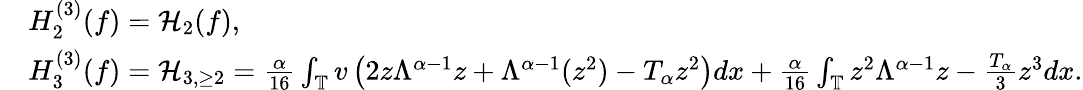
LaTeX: \begin{array}{rl}&{H_{2}^{(3)}(f)=\mathcal{H}_{2}(f),}\\ &{H_{3}^{(3)}(f)=\mathcal{H}_{3,\ge 2}=\frac{\alpha}{16}\int_{\mathbb{T}}v\left(2z\Lambda^{\alpha-1}z+\Lambda^{\alpha-1}(z^{2})-T_{\alpha}z^{2}\right)dx+\frac{\alpha}{16}\int_{\mathbb{T}}z^{2}\Lambda^{\alpha-1}z-\frac{T_{\alpha}}{3}z^{3}dx.}\end{array}